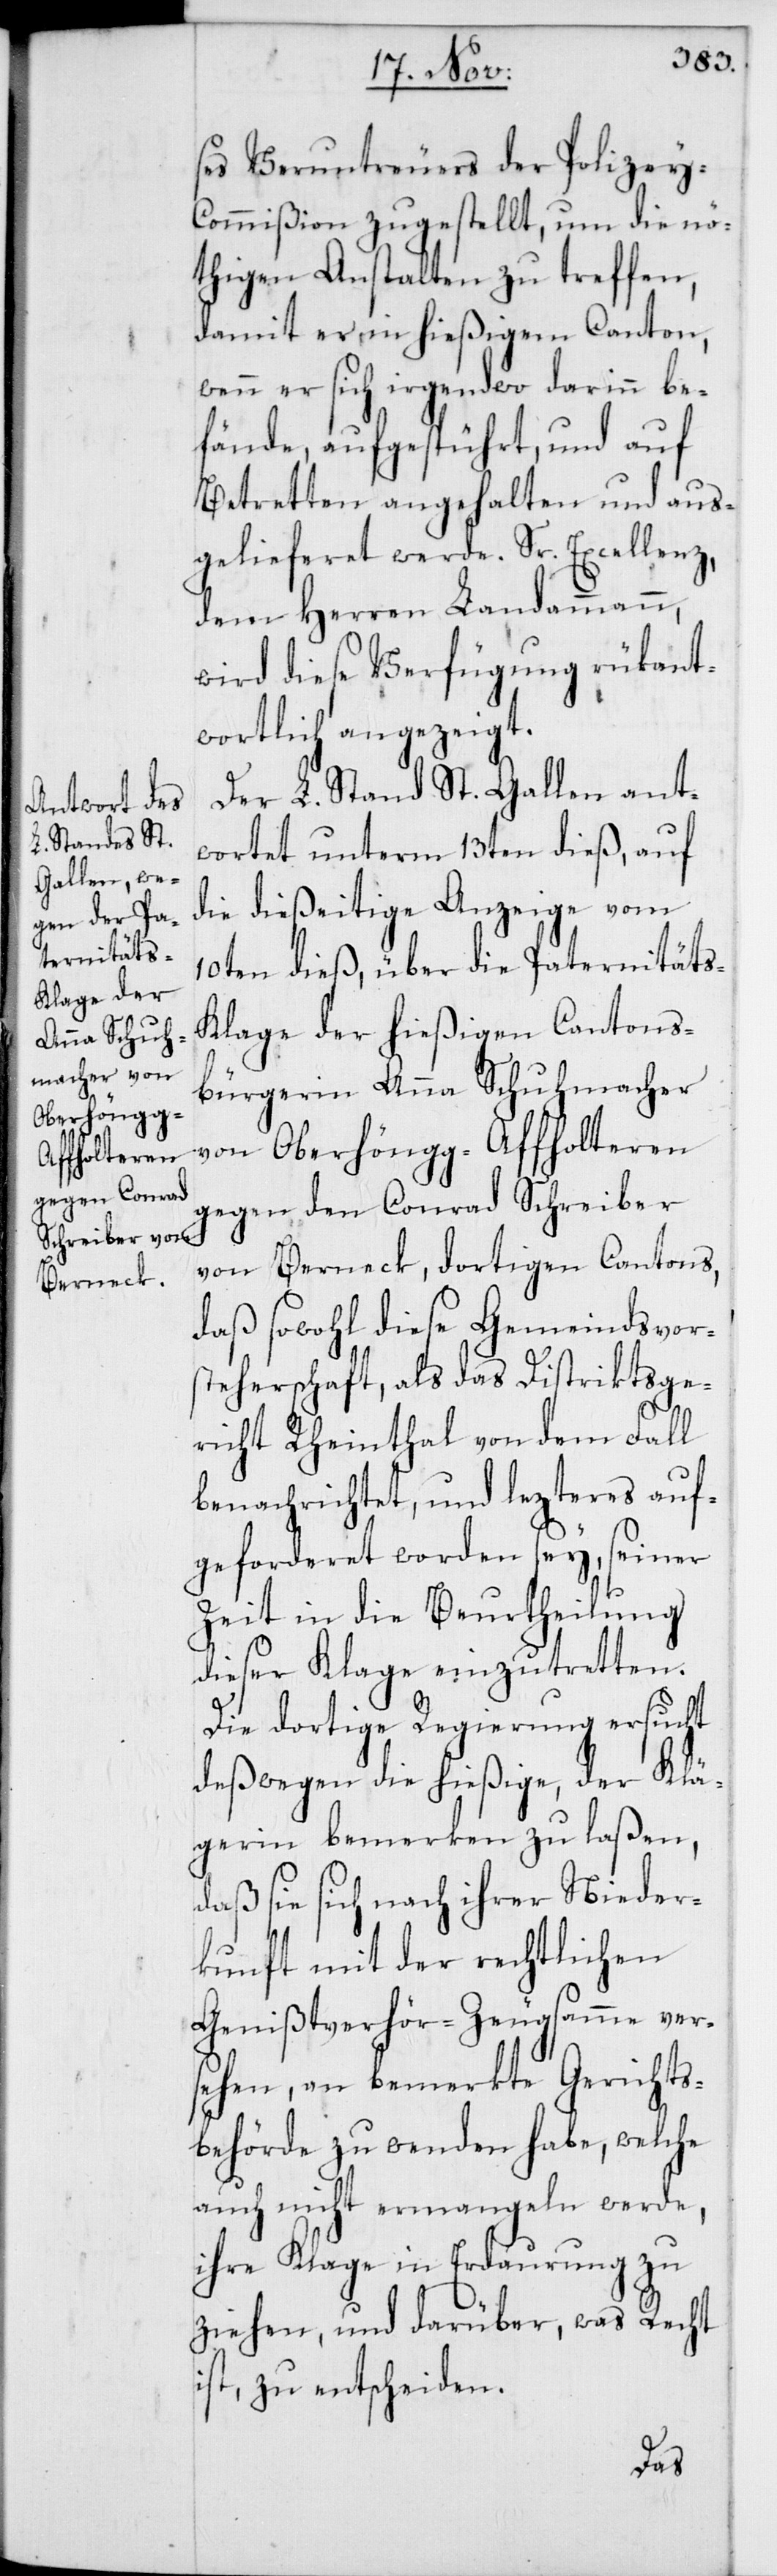
ses Veruntreuers der Polizey-C¬
ommißion zugestellt, um die nö¬
thigen Anstalten zu treffen,
damit er in hießigem Canton,
wenn er sich irgendwo darinn be¬
fände, aufgespührt, und auf
Betretten angehalten und aus¬
gelieferet werde. Sr. Excellenz,
dem Herren Landammann,
wird diese Verfügung rükant¬
wortlich angezeigt.
Der L. Stand St. Gallen ant¬
wortet unterm 13ten dieß, auf
die dießeitige Anzeige vom
10ten dieß, über die Paternität¬
s-Klage der hießigen Cantons¬
bürgerin Anna Schuhmacher
von Oberhöngg-Affholteren
gegen den Conrad Schreiber
von Berneck, dortigen Cantons,
daß sowohl diese Gemeindsvor¬
steherschaft, als das Distriktsge¬
richt Rheinthal von dem Fall
benachrichtet, und lezteres auf¬
geforderet worden sey, seiner
Zeit in die Beurtheilung
dieser Klage einzutretten.
Die dortige Regierung ersucht
deßwegen die hießige, der Klä¬
gerin bemerken zu laßen,
daß sie sich nach ihrer Nieder¬
kunft mit der rechtlichen
Genißtverhör-Zeugsamme ver¬
sehen, an bemerkte Gerichts¬
behörde zu wenden habe, welche
auch nicht ermangeln werde,
ihre Klage in Erdaurung zu
ziehen, und darüber, was Recht
ist, zu entscheiden.